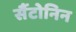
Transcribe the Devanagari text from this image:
सैंटोनिन